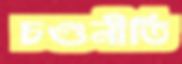
চণ্ডনীতি